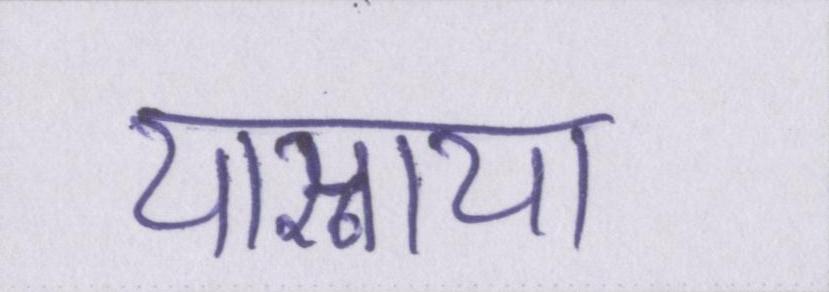
यास्नाया